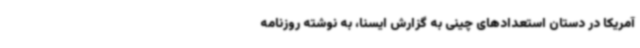
آمریکا در دستان استعدادهای چینی به گزارش ایسنا، به نوشته روزنامه